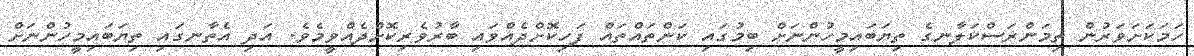
ހަމަކަށަވަރުން ތިމަންރަސްކަލާނގެ ތިޔަބައިމީހުންނަށް ބިމުގައި ކަންތައްތައް ފަހިކޮށްދެއްވައި ބާރުވެރިކޮށްދެއްވީމެވެ. އަދި އެތާނގައި ތިޔަބައިމީހުންނަށް